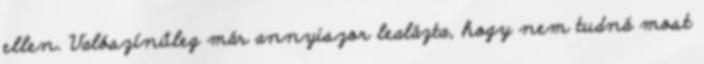
ellen. Valószínűleg már annyiszor lealázta, hogy nem tudná most